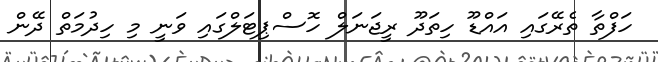
ހަފްތާ ތެރޭގައި އައްޑޫ ހިތަދޫ ރީޖަނަލް ހޮސްޕިޓަލްގައި ވަނީ މި ހިދުމަތް ދޭން